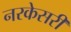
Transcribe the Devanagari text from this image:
नरकेसरी